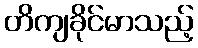
တိကျခိုင်မာသည့်